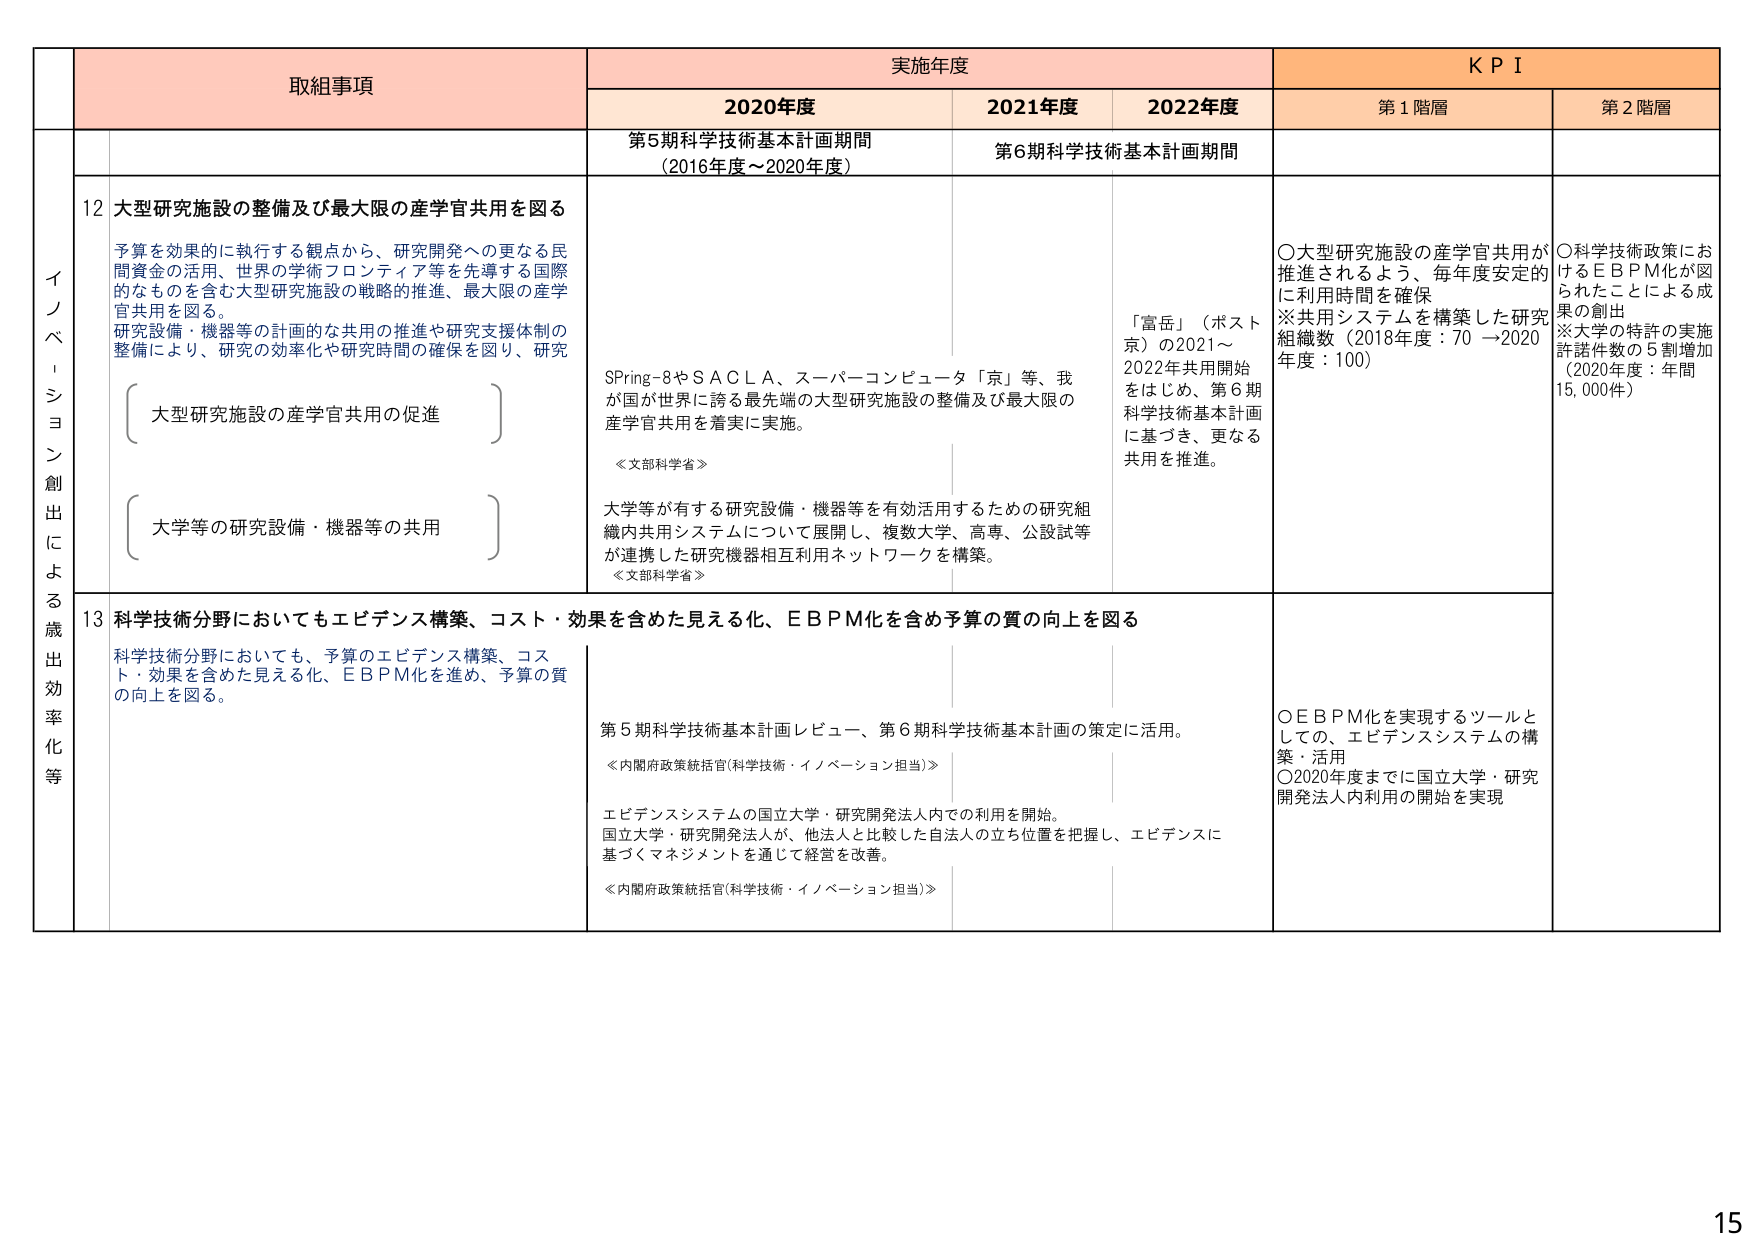
取組事項 実施年度 KPI
2020年度 2021年度 2022年度 第1階層 第2階層
イノベーション創出による歳出効率化等
第5期科学技術基本計画期間 （2016年度～2020年度） 第6期科学技術基本計画期間
12 大型研究施設の整備及び最大限の産学官共用を図る
予算を効果的に執行する観点から、研究開発への更なる民間資金の活用、世界の学術フロンティア等を先導する国際的なものを含む大型研究施設の戦略的推進、最大限の産学官共用を図る。
研究設備・機器等の計画的な共用の推進や研究支援体制の整備により、研究の効率化や研究時間の確保を図り、研究
（大型研究施設の産学官共用の促進）
（大学等の研究設備・機器等の共用）
SPring-8やSACLA、スーパーコンピュータ「京」等、我が国が世界に誇る最先端の大型研究施設の整備及び最大限の産学官共用を着実に実施。
≪文部科学省≫
大学等が有する研究設備・機器等を有効活用するための研究組織内共用システムについて展開し、複数大学、高専、公設試等が連携した研究機器相互利用ネットワークを構築。
≪文部科学省≫
「富岳」（ポスト京）の2021～2022年共用開始をはじめ、第6期科学技術基本計画に基づき、更なる共用を推進。
〇大型研究施設の産学官共用が推進されるよう、毎年度安定的に利用時間を確保
※共用システムを構築した研究組織数（2018年度：70 →2020年度：100）
〇科学技術政策におけるEBPM化が図られたことによる成果の創出
※大学の特許の実施許諾件数の5割増加（2020年度：年間15,000件）
13 科学技術分野においてもエビデンス構築、コスト・効果を含めた見える化、EBPM化を含め予算の質の向上を図る
科学技術分野においても、予算のエビデンス構築、コスト・効果を含めた見える化、EBPM化を進め、予算の質の向上を図る。
第5期科学技術基本計画レビュー、第6期科学技術基本計画の策定に活用。
≪内閣府政策統括官(科学技術・イノベーション担当)≫
エビデンスシステムの国立大学・研究開発法人内での利用を開始。国立大学・研究開発法人が、他法人と比較した自法人の立ち位置を把握し、エビデンスに基づくマネジメントを通じて経営を改善。
≪内閣府政策統括官(科学技術・イノベーション担当)≫
〇EBPM化を実現するツールとしての、エビデンスシステムの構築・活用
〇2020年度までに国立大学・研究開発法人内利用の開始を実現
15